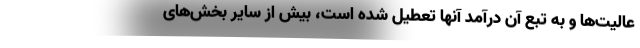
عالیت‌ها و به تبع آن درآمد آنها تعطیل شده است، بیش از سایر بخش‌های